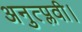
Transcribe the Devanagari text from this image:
अनुत्प्लवी।